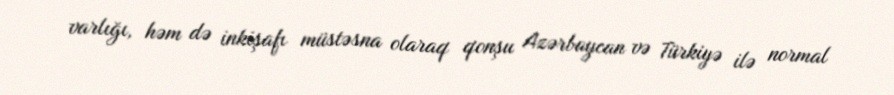
varlığı, həm də inkişafı müstəsna olaraq qonşu Azərbaycan və Türkiyə ilə normal